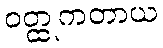
ဝတ္ထုကတာယ